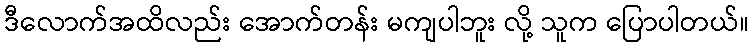
ဒီလောက်အထိလည်း အောက်တန်း မကျပါဘူး လို့ သူက ပြောပါတယ်။